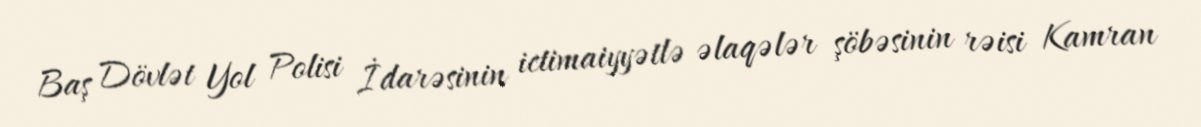
Baş Dövlət Yol Polisi İdarəsinin ictimaiyyətlə əlaqələr şöbəsinin rəisi Kamran